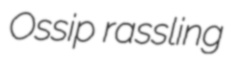
Ossip rassling